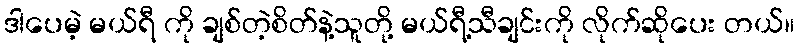
ဒါပေမဲ့ မယ်ရီ ကို ချစ်တဲ့စိတ်နဲ့သူတို့ မယ်ရီ့သီချင်းကို လိုက်ဆိုပေး တယ်။